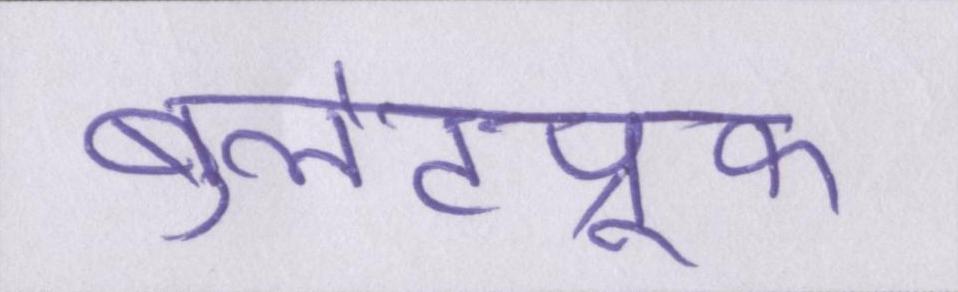
बुलेटप्रूफ